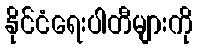
နိုင်ငံရေးပါတီများကို